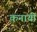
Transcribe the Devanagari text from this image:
कनायी